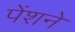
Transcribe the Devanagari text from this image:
पेंशने